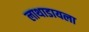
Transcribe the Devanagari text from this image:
लाथाडायला